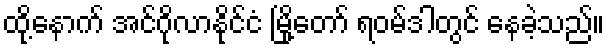
ထို့နောက် အင်ဂိုလာနိုင်ငံ မြို့တော် ရဝမ်ဒါတွင် နေခဲ့သည်။